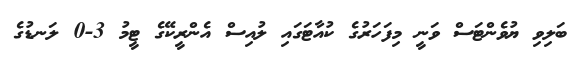
ބަލިވި ޔުވެންޓަސް ވަނީ މިފަހަރުގެ ކުއާޓަގައި ލުއިސް އެންރީކޭގެ ޓީމު 3-0 ލަނޑުގެ